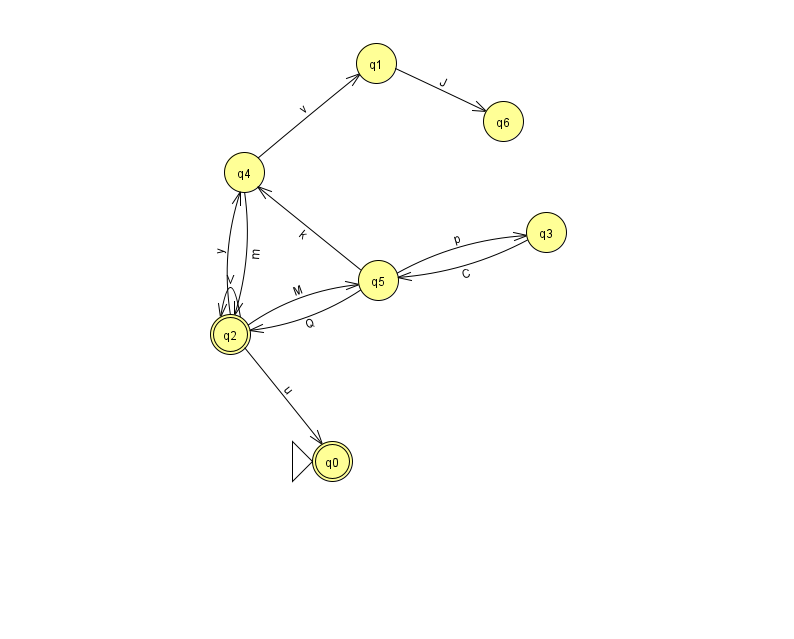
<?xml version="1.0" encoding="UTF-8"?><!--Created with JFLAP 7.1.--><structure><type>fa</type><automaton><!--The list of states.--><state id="0" name="q0"><x>332.0</x><y>448.0</y><initial/><final/></state><state id="1" name="q1"><x>376.0</x><y>50.0</y></state><state id="2" name="q2"><x>230.0</x><y>321.0</y><final/></state><state id="3" name="q3"><x>546.0</x><y>219.0</y></state><state id="4" name="q4"><x>244.0</x><y>159.0</y></state><state id="5" name="q5"><x>378.0</x><y>267.0</y></state><state id="6" name="q6"><x>503.0</x><y>108.0</y></state><!--The list of transitions.--><transition><from>2</from><to>4</to><read>y</read></transition><transition><from>2</from><to>5</to><read>M</read></transition><transition><from>5</from><to>3</to><read>p</read></transition><transition><from>3</from><to>5</to><read>C</read></transition><transition><from>4</from><to>2</to><read>m</read></transition><transition><from>2</from><to>2</to><read>V</read></transition><transition><from>4</from><to>1</to><read>v</read></transition><transition><from>2</from><to>0</to><read>u</read></transition><transition><from>5</from><to>2</to><read>Q</read></transition><transition><from>1</from><to>6</to><read>J</read></transition><transition><from>5</from><to>4</to><read>k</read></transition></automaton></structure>